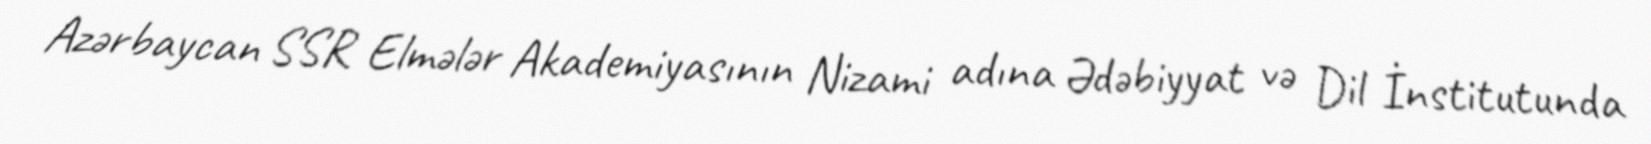
Azərbaycan SSR Elmələr Akademiyasının Nizami adına Ədəbiyyat və Dil İnstitutunda